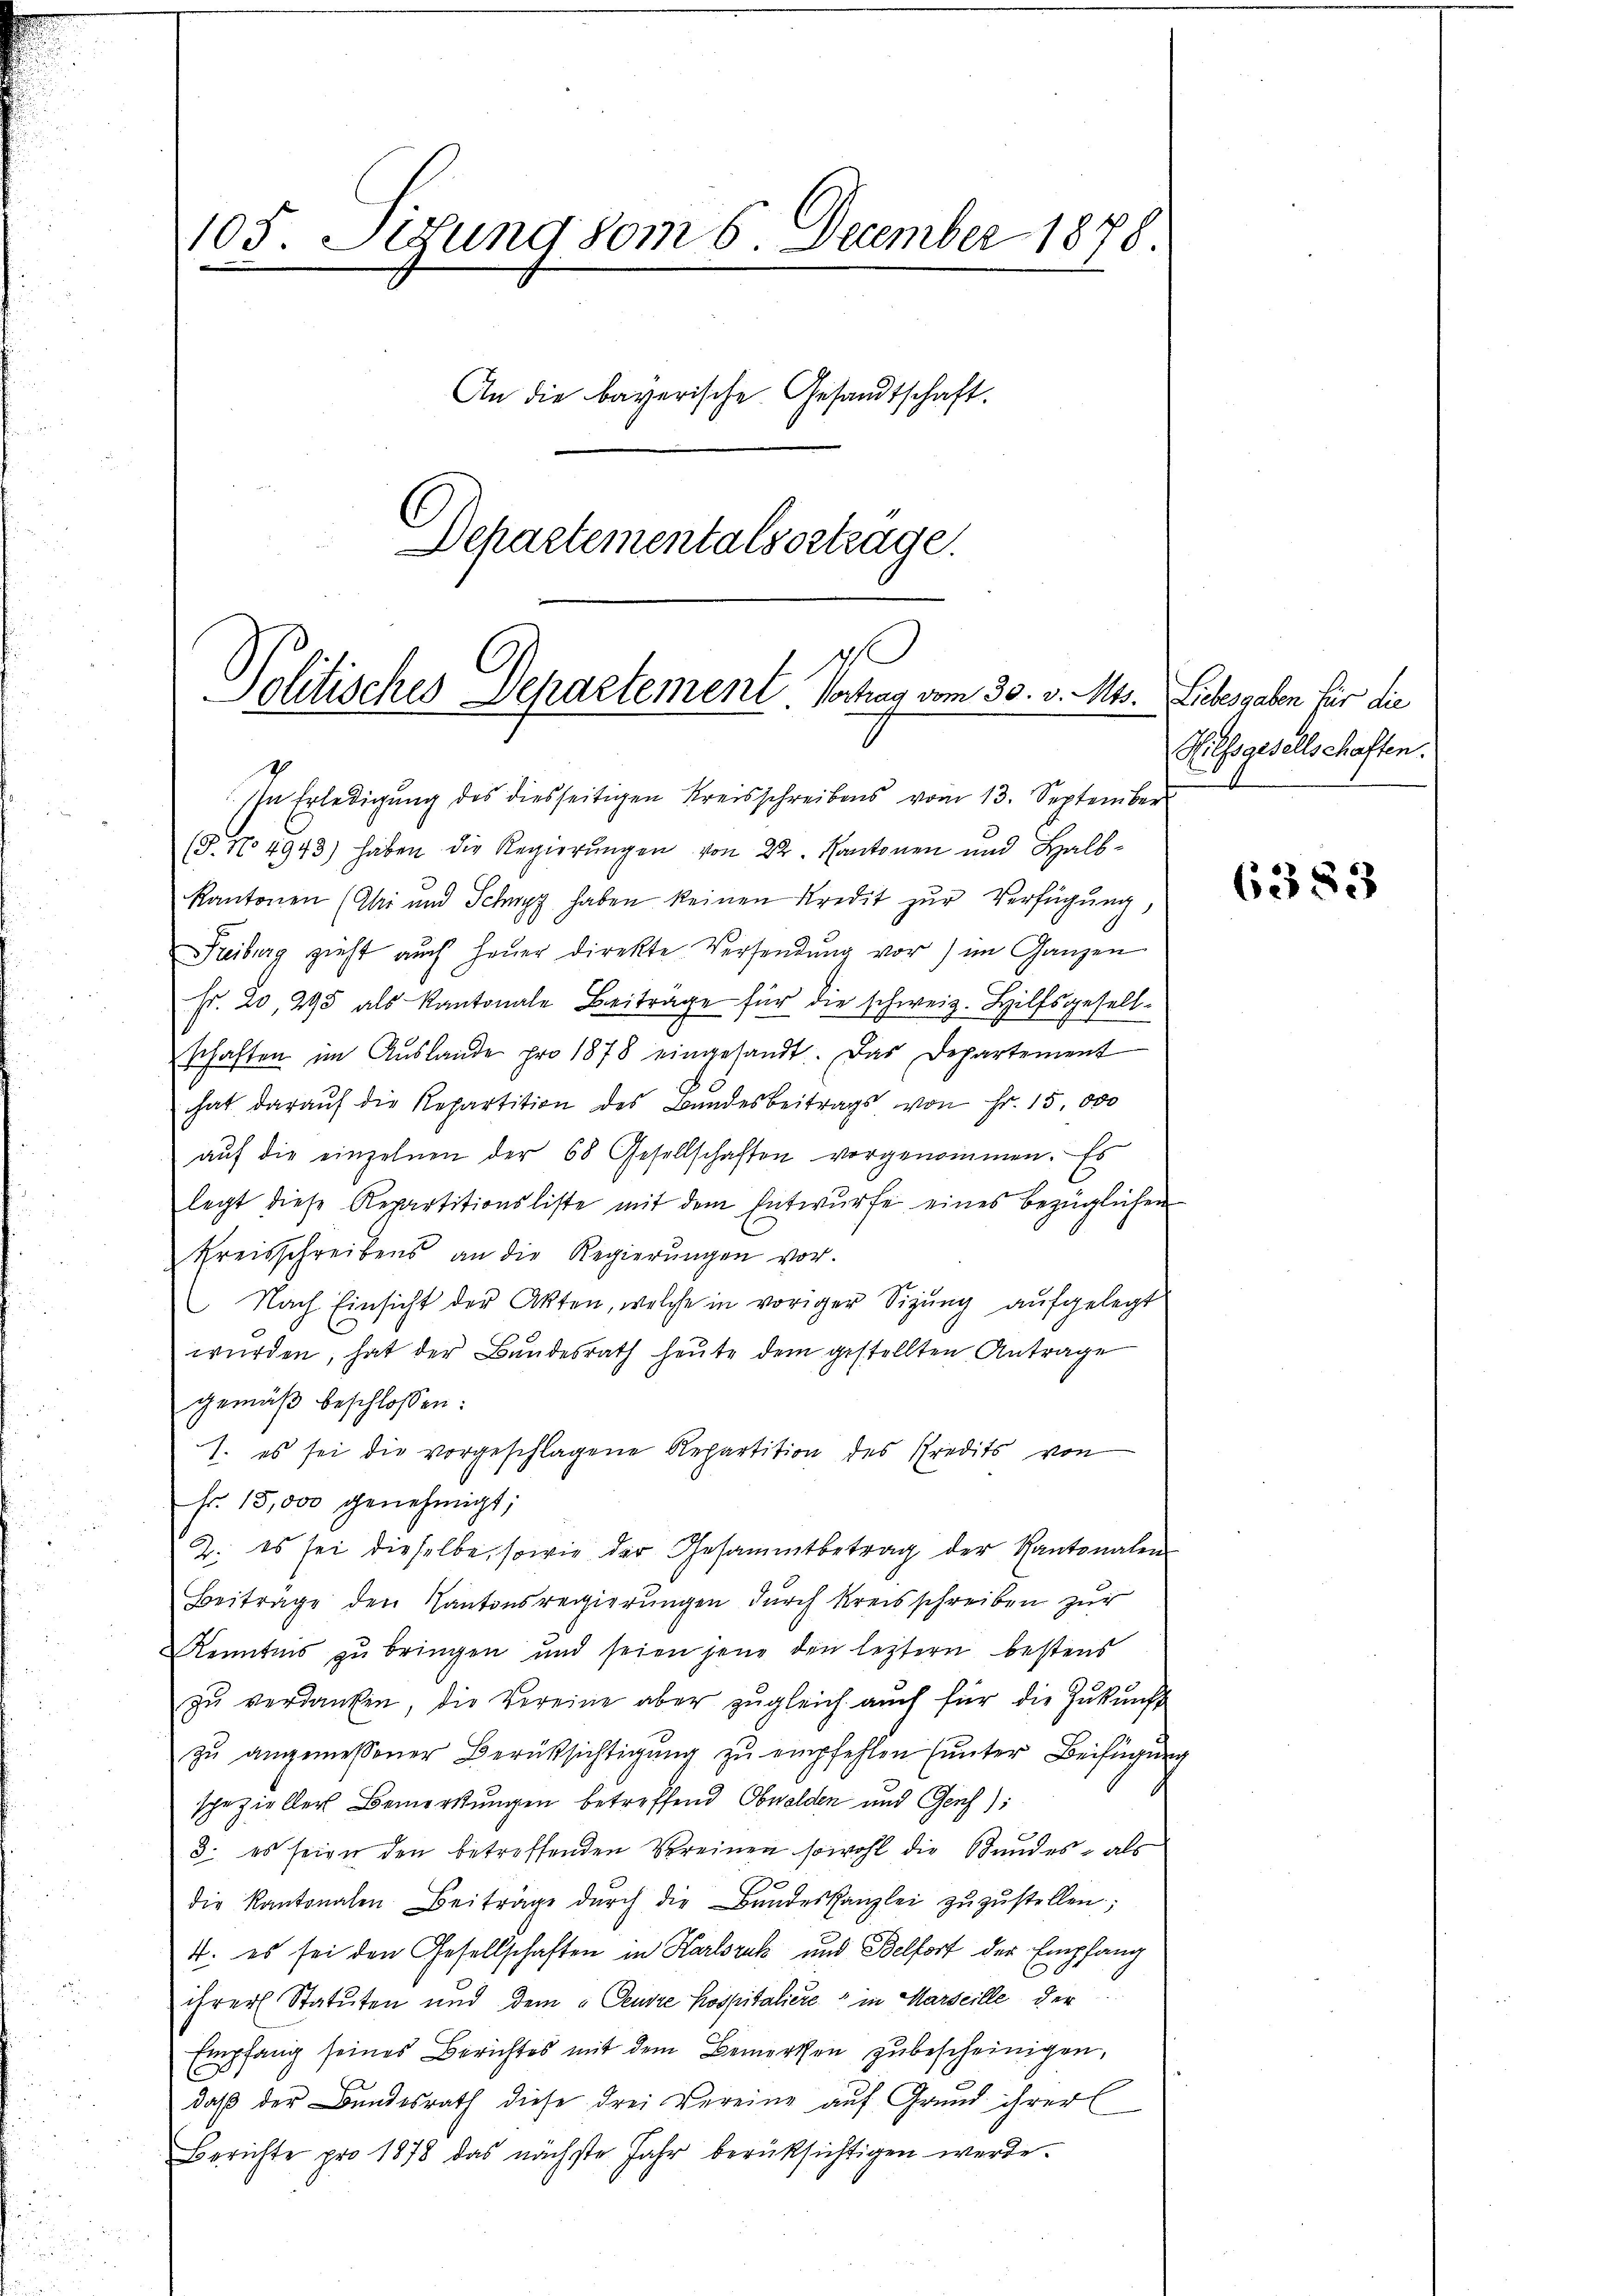
105. Sigung vom 6 December 1878.
An die bayerische Gesandtschaft.
Departementalsortrage.

.
Politisches Departement Vortrag vom 30. v. Mts.
Ihn Erledigung des diesseitigen Kreisschreibens vom 13. September

(P. No 4943) haben die Regierungen von 22. Kantonen und Halbkantonen (Chi und Schwyz haben keinen Kredit zur Verfügung,
Freiburg zieht auch heŭer direkte Versendŭng vor) im Ganzen
fr. 20, 295 als Kantonale Beitrage für die schweiz. Hilfsgesellschaften im Aŭslande pro 1878 eingesandt. Das Departement
hat darauf die Repartition des Bandesbeitrags von Fr. 15,000
aŭf die einzelnen der 68 Gesellschaften vorgenommen. Es
legt diese Repartitionsliste mit dem Entwürfe eines bezüglichen
Kreisschreibens an die Regierŭngen vor.
Nach Einsicht der Akten, welche in voriger Sizung aufgelegt
würden, hat der Bundesrath heute dem gestellten Antrage
gemäβ beschlossen:
1. es sei die vorgeschlagene Repartition des Predits von
fr. 15,000 genehmigt;
2. es sei dieselbe, sowie der Gesammtbetrag der Kantonalen
Beitrage den Kantonsregierungen durch Kreisschreiben zur
Kenntnis zu bringen und seien jene den letztern bestens
zŭ verdanken, die Vereine aber zŭgleich aŭch für die Zŭkŭnft
zŭ angemessener Berücksichtigŭng zŭ empfehlen (unter Beifügŭng
spezieller Bemerkungen betreffend Obwalden und Genf):
3. es seien den betreffenden Vereinen sowohl die Bundes- als
die Kantonalen Beiträge dŭrch die Bŭndeskanzlei zŭzŭstellen;
4: es sei den Gesellschaften in Karlsruk und Belfort der Empfang
ihrer Statuten und dem Censre Kospitaliere in Marseille der
Empfang seines Berichtes mit dem Bemerken zubescheinigen,
daß der Bundesrath diese drei Vereine auf Grund ihrer
Berichte pro 1878 das nächste Jahr berüksichtigen werde.

Liebesgaben für die
Hilfsgesellschaften.
.

6383